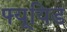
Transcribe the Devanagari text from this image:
फ्यूयिड